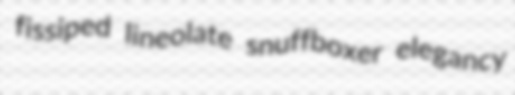
fissiped lineolate snuffboxer elegancy